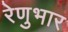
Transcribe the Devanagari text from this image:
रेणुभार